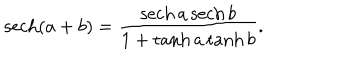
\mathrm { s e c h } ( a + b ) = \frac { \mathrm { s e c h } \, a \, \mathrm { s e c h } \, b } { 1 + \tanh a \tanh b } .